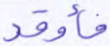
فأوقد